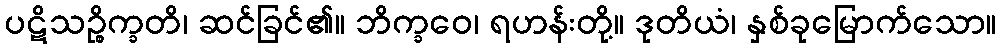
ပဋိသဉ္စိက္ခတိ၊ ဆင်ခြင်၏။ ဘိက္ခဝေ၊ ရဟန်းတို့။ ဒုတိယံ၊ နှစ်ခုမြောက်သော။